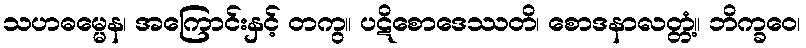
သဟဓမ္မေန၊ အကြောင်းနှင့် တကွ။ ပဋိစောဒေဿတိ၊ စောဒနာလတ္တံ့။ ဘိက္ခဝေ၊